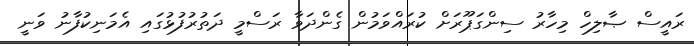
ރައީސް ޞާލިހް މިހާރު ސިންގަޕޫރަށް ކުރައްވަމުން ގެންދަވާ ރަސްމީ ދަތުރުފުޅުގައި އެމަނިކުފާނު ވަނީ